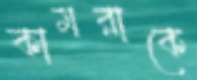
কামরাকে